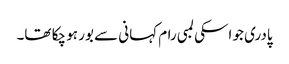
پادری جو اسکی لمبی رام کہانی سے بور ہو چکا تھا۔